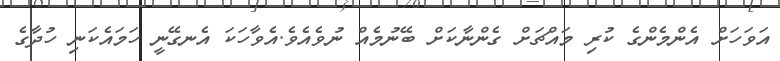
އަވަހަށް އެންމެންގެ ކުރި މައްޗަށް ގެންނާކަށް ބޭނުމެއް ނުވެއެވެ.އެވާހަކަ އެނގޭނީ ހަމައެކަނި ހުދާގެ